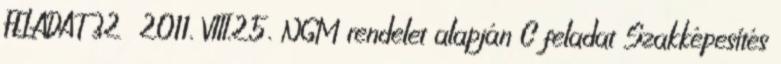
FELADAT 32 2011. VIII.25. NGM rendelet alapján C feladat Szakképesítés